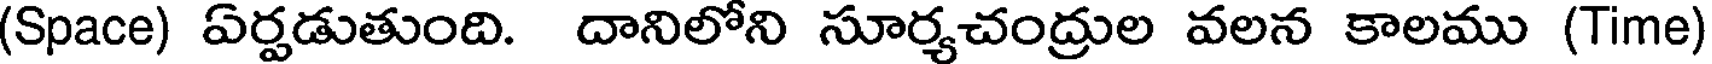
(Space) ఏర్పడుతుంది. దానిలోని సూర్యచంద్రుల వలన కాలము (Time)